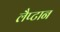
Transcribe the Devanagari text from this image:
लैप्टान